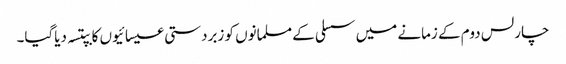
چارلس دوم کے زمانے میں سسلی کے مسلمانوں کو زبردستی عیسائیوں کا بپتسہ دیاگیا۔